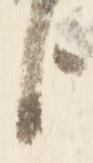
臣